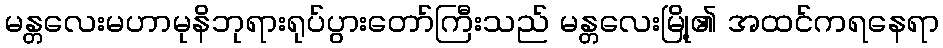
မန္တလေးမဟာမုနိဘုရားရုပ်ပွားတော်ကြီးသည် မန္တလေးမြို့၏ အထင်ကရနေရာ